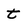
Character: t